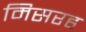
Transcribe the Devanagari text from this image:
मिसरह